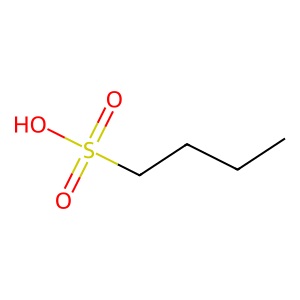
SMILES: CCCCS(=O)(=O)O
Inhibits HIV replication: No